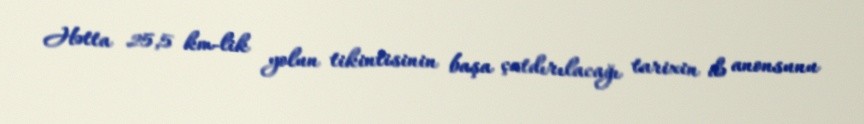
Hətta 25,5 km-lik yolun tikintisinin başa çatdırılacağı tarixin də anonsunu